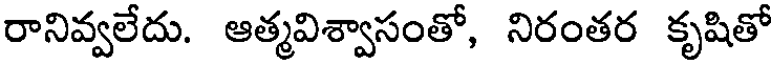
రానివ్వలేదు. ఆత్మవిశ్వాసంతో, నిరంతర కృషితో